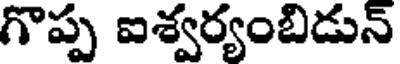
గొప్ప ఐశ్వర్యంబిడున్